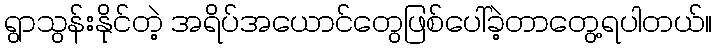
ရွာသွန်းနိုင်တဲ့ အရိပ်အယောင်တွေဖြစ်ပေါ်ခဲ့တာတွေ့ရပါတယ်။